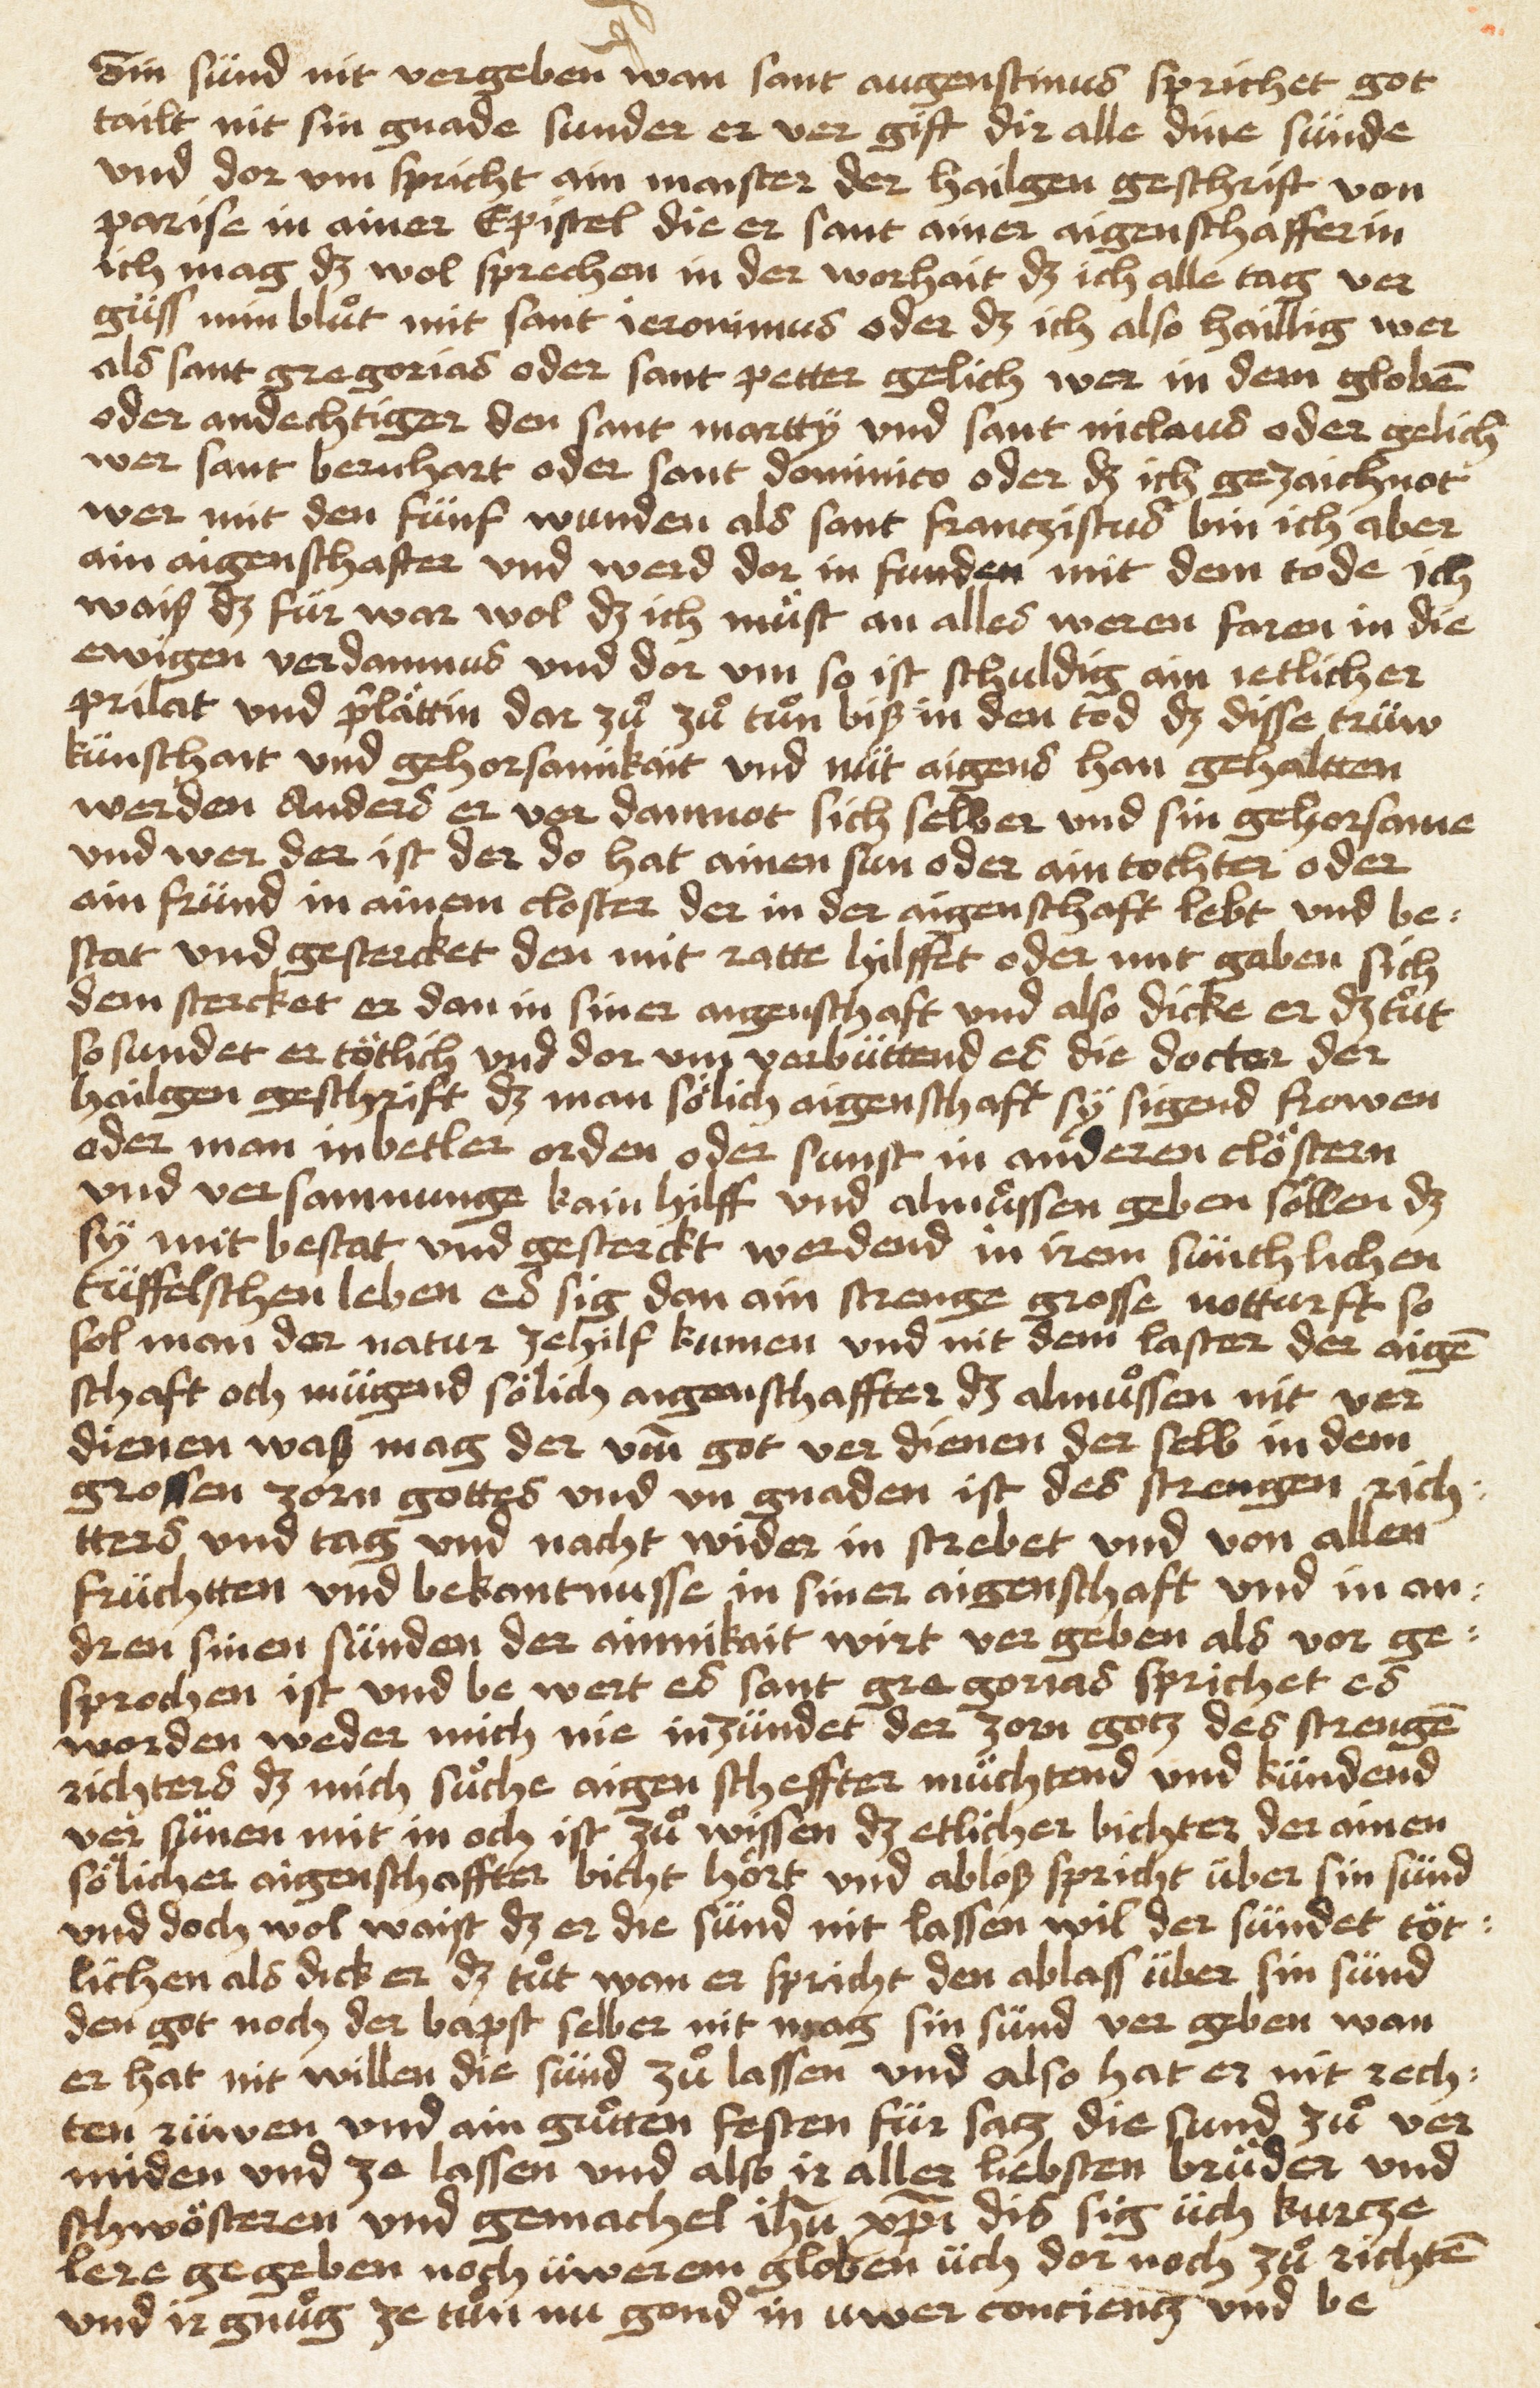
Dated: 1505–1505